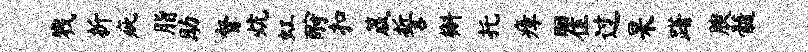
戮折疵脂助督炕虹酹扣箴誓槲托瘴瞿过杲躇腴髓